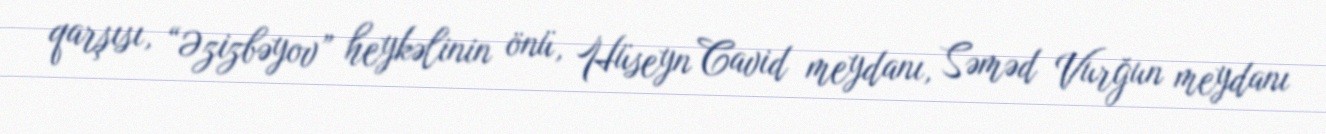
qarşısı, “Əzizbəyov” heykəlinin önü, Hüseyn Cavid meydanı, Səməd Vurğun meydanı